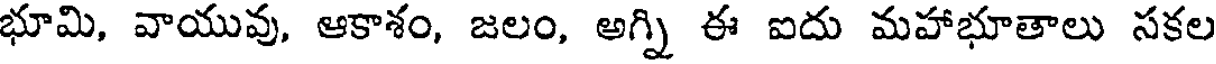
భూమి, వాయువు, ఆకాశం, జలం, అగ్ని ఈ ఐదు మహాభూతాలు సకల